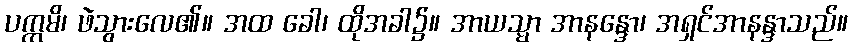
ပက္ကမိ၊ ဖဲသွားလေ၏။ အထ ခေါ၊ ထိုအခါ၌။ အာယသ္မာ အာနန္ဒော၊ အရှင်အာနန္ဒာသည်။